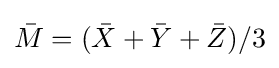
{\bar {M}}=({\bar {X}}+{\bar {Y}}+{\bar {Z}})/3